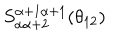
LaTeX: S _ { \alpha \alpha + 2 } ^ { \alpha + 1 \alpha + 1 } ( \theta _ { 1 2 } )